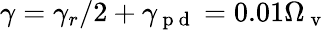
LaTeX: \gamma=\gamma_{r}/2+\gamma_{\mathrm{~p~d~}}=0.01\Omega_{\mathrm{~v~}}